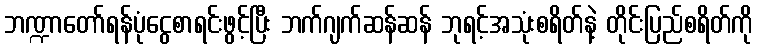
ဘဏ္ဍာတော်ရန်ပုံငွေစာရင်းဖွင့်ပြီး ဘက်ဂျက်ဆန်ဆန် ဘုရင့်အသုံးစရိတ်နဲ့ တိုင်းပြည်စရိတ်ကို